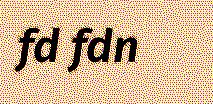
fd fdn